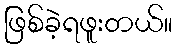
ဖြစ်ခဲ့ရဖူးတယ်။